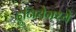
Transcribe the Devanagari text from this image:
दुनियेमध्ये